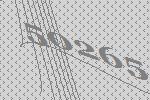
50265